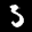
Label: 3